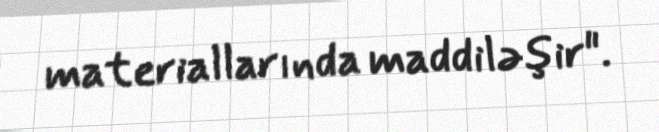
materiallarında maddiləşir".